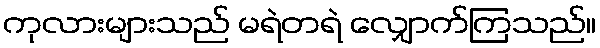
ကုလားများသည် မရဲတရဲ လျှောက်ကြသည်။